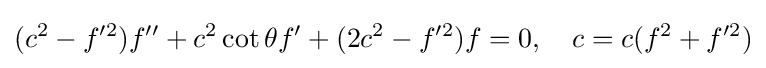
(c^{2}-f'^{2})f''+c^{2}\cot \theta f'+(2c^{2}-f'^{2})f=0,\quad c=c(f^{2}+f'^{2})